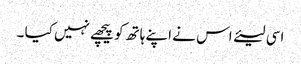
اسی لیئے اس نے اپنے ہاتھ کو پیچھے نہیں کیا ۔